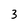
Character: 3